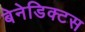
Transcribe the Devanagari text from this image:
बेनेडिक्टस